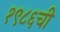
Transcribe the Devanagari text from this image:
१९८६ची